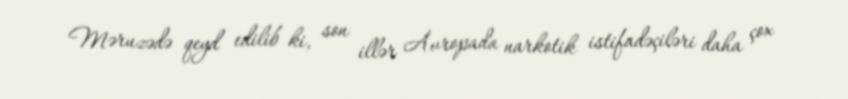
Məruzədə qeyd edilib ki, son illər Avropada narkotik istifadəçiləri daha çox